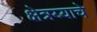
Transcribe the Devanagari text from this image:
क्षेत्रय्याचे